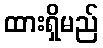
ထားရှိမည်